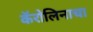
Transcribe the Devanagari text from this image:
कॅरोलिनाचा